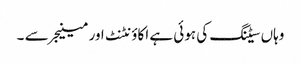
وہاں سیٹنگ کی ہوئی ہے اکاؤنٹنٹ اور مینیجر سے ۔